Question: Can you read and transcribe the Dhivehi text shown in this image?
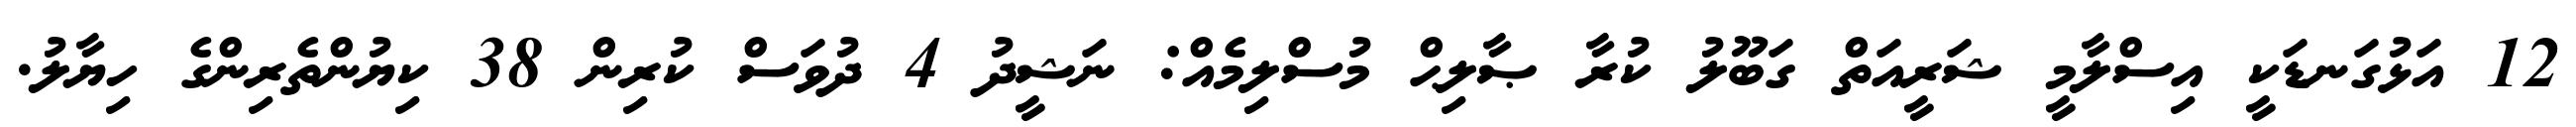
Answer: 12 އަޅުގަނޑަކީ އިސްލާމީ ޝަރީއަތް ގަބޫލު ކުރާ ޞާލިޙް މުސްލިމެއް: ނަޝީދު 4 ދުވަސް ކުރިން 38 ކިޔުންތެރިންގެ ހިޔާލު.